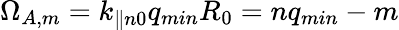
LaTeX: \Omega_{A,m}=k_{\parallel n0}q_{min}R_{0}=nq_{min}-m